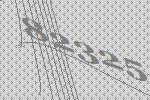
82325